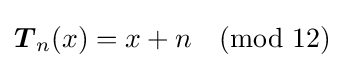
{\boldsymbol {T}}_{n}(x)=x+n{\pmod {12}}